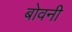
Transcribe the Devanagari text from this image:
बोवनी